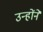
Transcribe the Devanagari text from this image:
उन्हाेंने